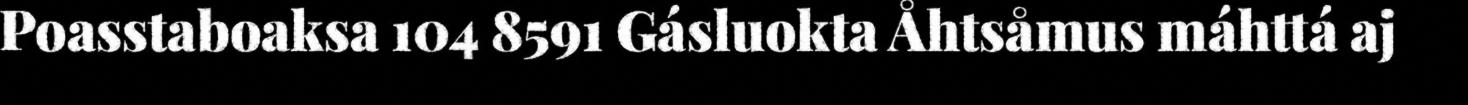
Poasstaboaksa 104 8591 Gásluokta Åhtsåmus máhttá aj